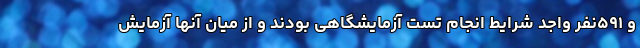
و ۵۹۱نفر واجد شرایط انجام تست آزمایشگاهی بودند و از میان آنها آزمایش